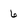
Character: 6